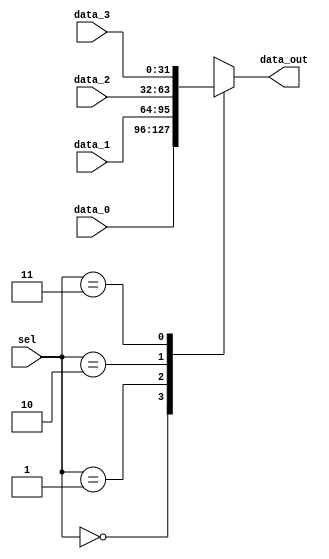
module mux_PC (
    input wire  [1:0]  sel,
    input wire  [31:0] data_0,
    input wire  [31:0] data_1,
    input wire  [31:0] data_2,
    input wire  [31:0] data_3,
    output reg [31:0] data_out
);
    always @(*) begin
        case (sel)
            2'd0: data_out = data_0;
            2'd1: data_out = data_1;
            2'd2: data_out = data_2;
            2'd3: data_out = data_3;
        endcase 
    end 

endmodule